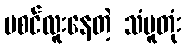
မစင်လူးနေတဲ့ သံပူတုံး